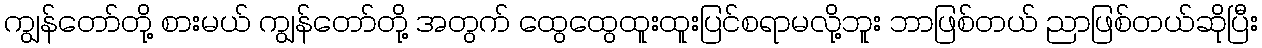
ကျွန်တော်တို့ စားမယ် ကျွန်တော်တို့ အတွက် ထွေထွေထူးထူးပြင်စရာမလို့ဘူး ဘာဖြစ်တယ် ညာဖြစ်တယ်ဆိုပြီး